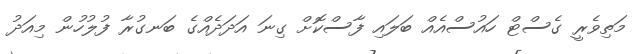
މަތިވެރީ ގެސްޓް ހައުސްއެއް ބަލައި ފާސްކޮށް ގިނަ އަދަދެއްގެ ބަނގުރާ ފުލުހުން މިއަދު